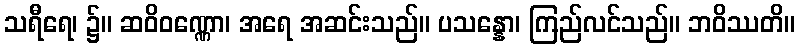
သရီရေ၊ ၌။ ဆဝိဝဏ္ဏော၊ အရေ အဆင်းသည်။ ပသန္နော၊ ကြည်လင်သည်။ ဘဝိဿတိ။